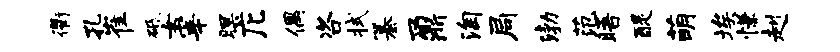
衢孔崔砥女宰暝庀偶咨拭纂鼐淘局渤范晤醍萌埃慊赳